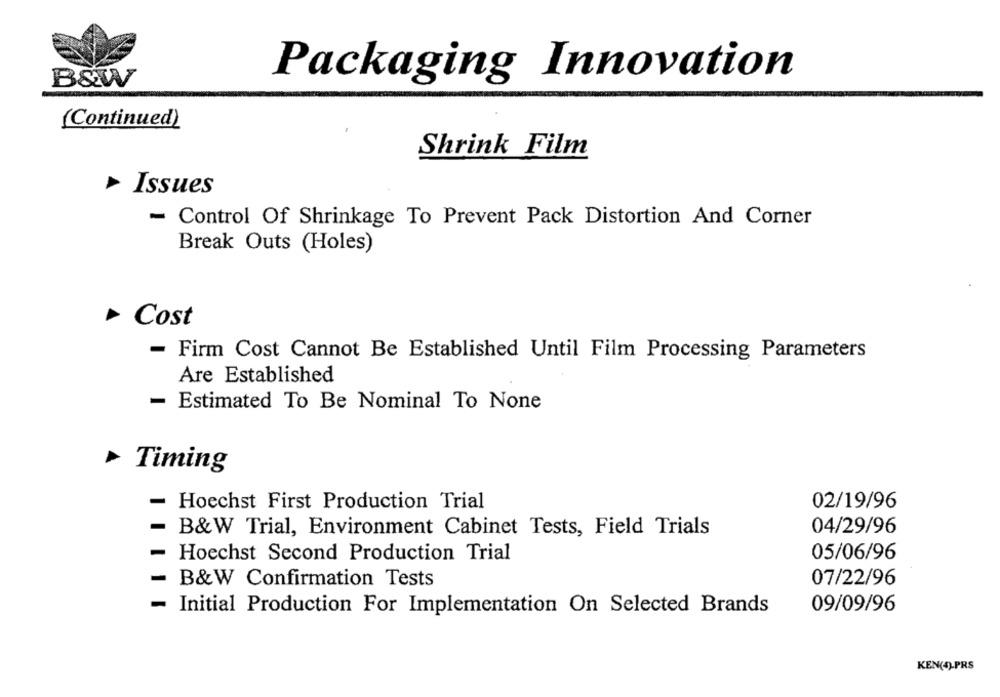
Packaging Innovation
B&W
(Continued)
Shrink Film
Issues
- Control Of Shrinkage To Prevent Pack Distortion And Corner
Break Outs (Holes)
Cost
- Firm Cost Cannot Be Established Until Film Processing Parameters
Are Established
- Estimated To Be Nominal To None
Timing
Hoechst First Production Trial
02/19/96
04/29/96
B&W Trial, Environment Cabinet Tests, Field Trials
Hoechst Second Production Trial
05/06/96
B&W Confirmation Tests
07/22/96
- Initial Production For Implementation On Selected Brands
09/09/96
KEN(4)-PRS